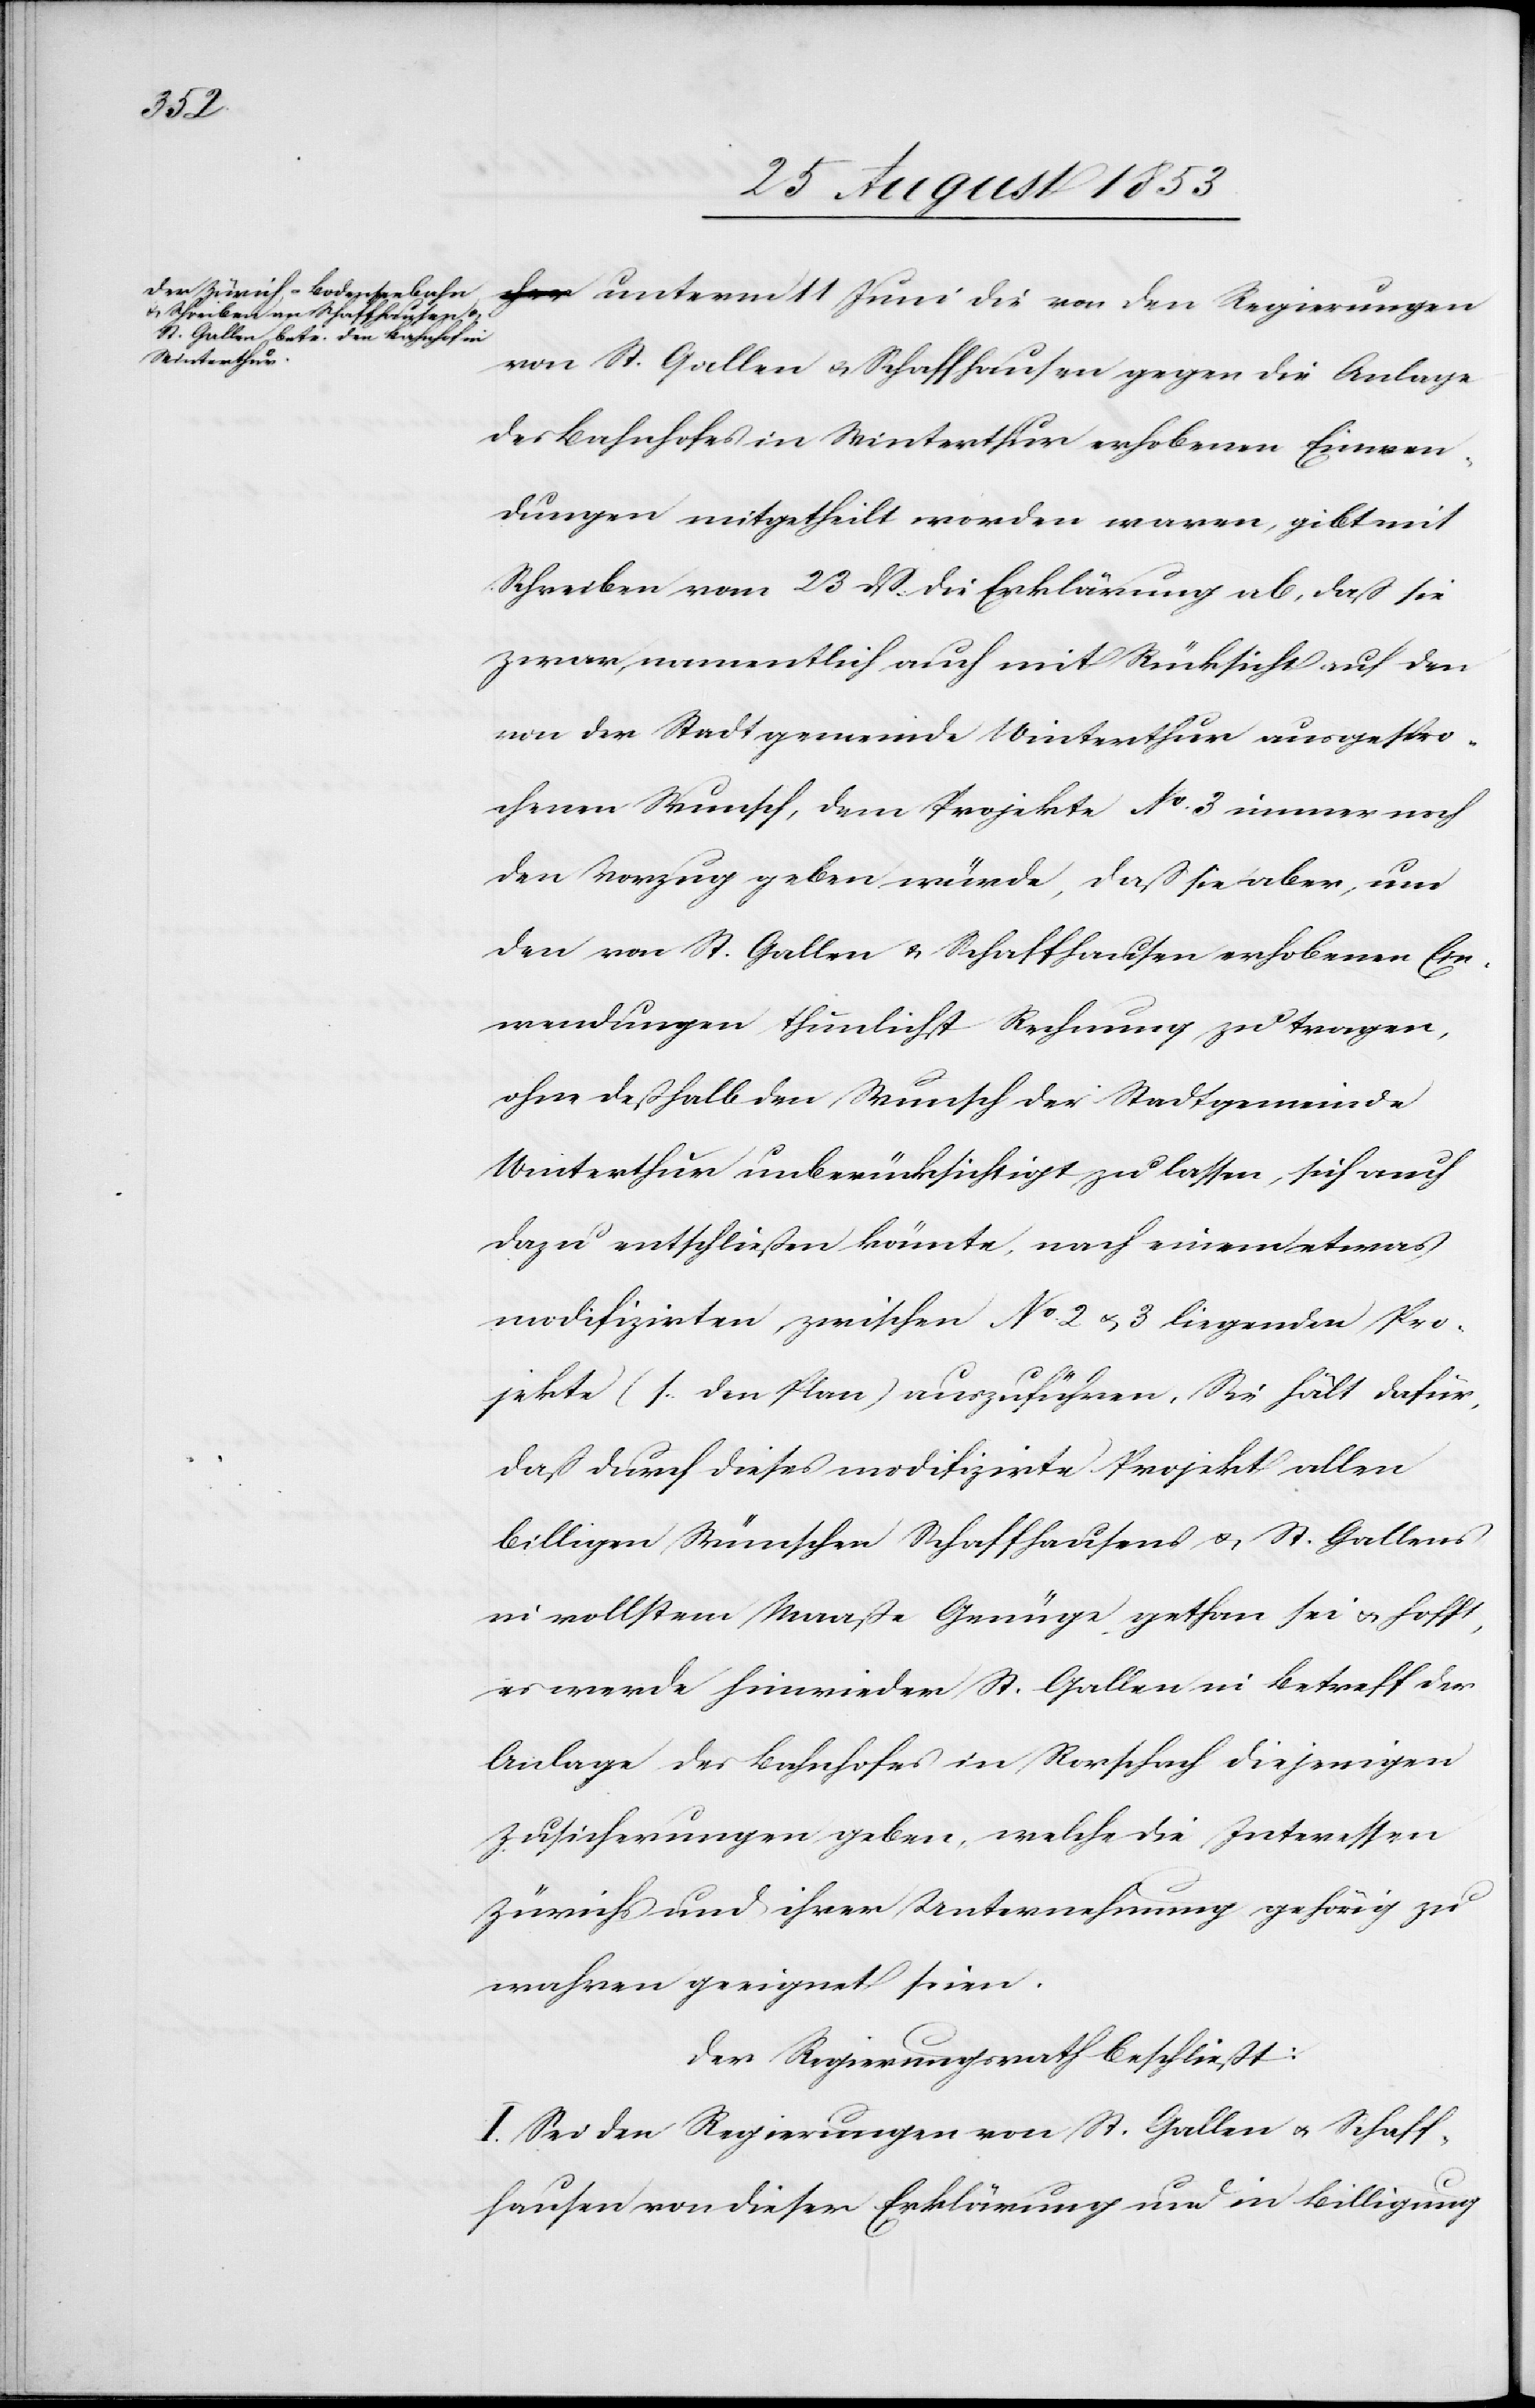
Regierun¬
gen St. Gallen u. Schaffhausen gegen die Anlage
des Bahnhofes in Winterthur erhobenen Einwen¬
dungen mitgetheilt worden waren, gibt mit
Schreiben vom 23 dß die Erklärung ab, daß sie
zwar, namentlich auch mit Rücksicht auf den
von der Stadtgemeinde Winterthur ausgespro¬
chenen Wunsch, dem Projekte N° 3 immer noch
den Vorzug geben würde, daß sie aber, um
den von St. Gallen u. Schaffhausen erhobenen Ein¬
wendungen thunlichst Rechnung zu tragen,
ohne deßhalb den Wunsch der Stadtgemeinde
Winterthur unberücksichtigt zu lassen, sich auch
dazu entschließen könnte, nach einem etwas
modifzirten zwischen N° 2 u. 3 liegenden Pro¬
jekte (s. den Plan) auszuführen. Sie hält dafür,
daß durch dieses modifizirte Projekt allen
billigen Wünschen Schaffhausens u. St. Gallens
in vollstem Maaße Genüge gethan sei u. hofft,
er werde hinwieder St. Gallen in Betreff der
Anlage des Bahnhofes in Rorschach diejenigen
Zusicherungen geben, welche die Interessen
Zürich und ihrer Unternehmung gehörig zu
wahren geeignet seien.
Der Regierungsrath beschließt:
I. Sei den Regierungen von St. Gallen u. Schaff¬
hausen von dieser Erklärung und in Billigung